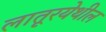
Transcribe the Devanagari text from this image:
लातूरयेथील